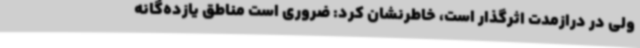
ولی در درازمدت اثرگذار است، خاطرنشان کرد: ضروری است مناطق یازده‌گانه